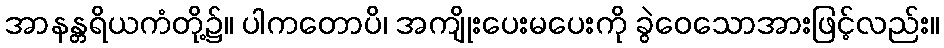
အာနန္တရိယကံတို့၌။ ပါကတောပိ၊ အကျိုးပေးမပေးကို ခွဲဝေသောအားဖြင့်လည်း။